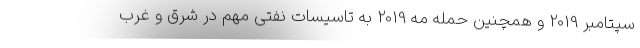
سپتامبر 2019 و همچنین حمله مه 2019 به تاسیسات نفتی مهم در شرق و غرب